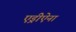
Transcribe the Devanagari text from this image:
एड्रीऐना